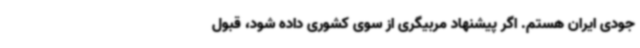
جودی ایران هستم. اگر پیشنهاد مربیگری از سوی کشوری داده شود، قبول